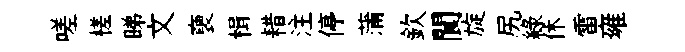
嗟槎睇文褏楫耤注停蒲欽閬旋尻綠休雷雍